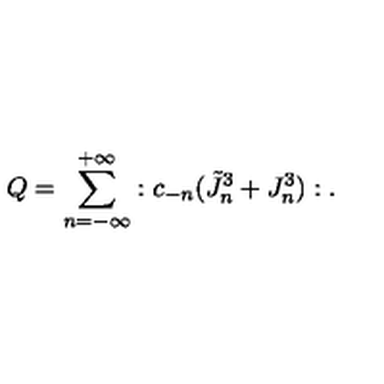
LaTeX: Q = { \sum _ { n = - \infty } ^ { + \infty } } : c _ { - n } ( \tilde { J } _ { n } ^ { 3 } + J _ { n } ^ { 3 } ) : .